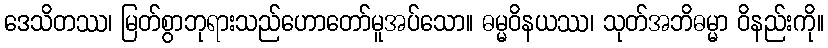
ဒေသိတဿ၊ မြတ်စွာဘုရားသည်ဟောတော်မူအပ်သော။ ဓမ္မဝိနယဿ၊ သုတ်အဘိဓမ္မာ ဝိနည်းကို။